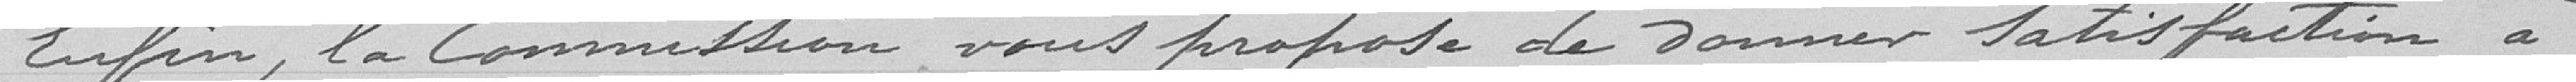
Enfin, la Commission vous propose de donner satisfaction à